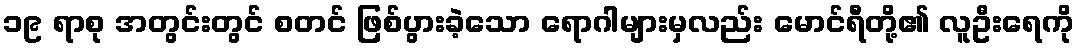
၁၉ ရာစု အတွင်းတွင် စတင် ဖြစ်ပွားခဲ့သော ရောဂါများမှလည်း မောင်ရီတို့၏ လူဦးရေကို